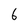
Character: 6